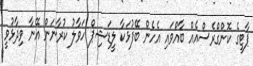
ޕާޓީގެ ކޮންގްރެސްއެއް ބާއްވައި އެހެން ބޭފުޅަކާ ލީޑަޝިޕް ހަވާލު ކުރާނަން އޭނާ ވިދާޅުވީ